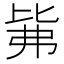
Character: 𰐕